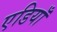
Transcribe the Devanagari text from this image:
एडियाँ